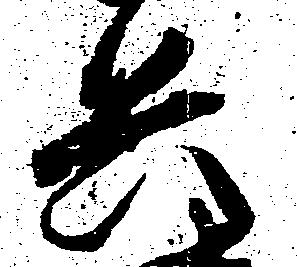
兵